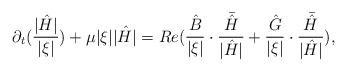
LaTeX: \begin{align*}\partial_t({\frac{|\hat{H}|}{|\xi|}})+\mu |\xi||\hat{H}|=Re(\frac{\hat{B}}{|\xi|} \cdot \frac{\bar{\hat{H}}}{|\hat{H}|}+\frac{\hat{G}}{|\xi|} \cdot \frac{\bar{\hat{H}}}{|\hat{H}|}),\end{align*}